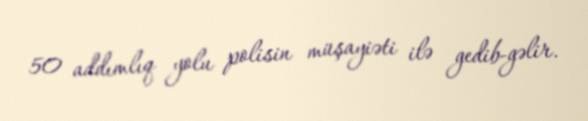
50 addımlıq yolu polisin müşayiəti ilə gedib-gəlir.